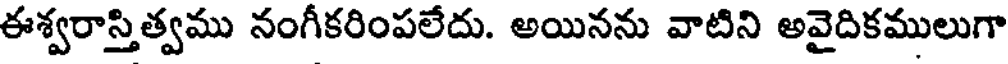
ఈశ్వరాస్తిత్వము నంగీకరింపలేదు. అయినను వాటిని అవైదికములుగా